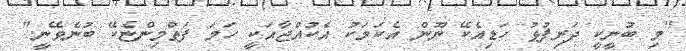
"މި ބުނީކީ ދަރިފުޅު ހަޑިއެކޭ ނޫން އެކަމަކު އެކުއްޖާއަކީ ހަމަ ފަތްމިންޏެކޭ ބުނެވޭނީ."